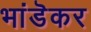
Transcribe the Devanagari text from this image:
भांडॆकर